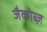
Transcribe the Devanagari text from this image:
जैकोब्ज़